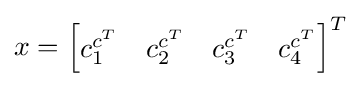
\textstyle x={\begin{bmatrix}c_{1}^{c^{T}}&c_{2}^{c^{T}}&c_{3}^{c^{T}}&c_{4}^{c^{T}}\end{bmatrix}}^{T}